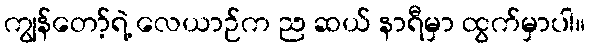
ကျွန်တော့်ရဲ့ လေယာဉ်က ည ဆယ် နာရီမှာ ထွက်မှာပါ။